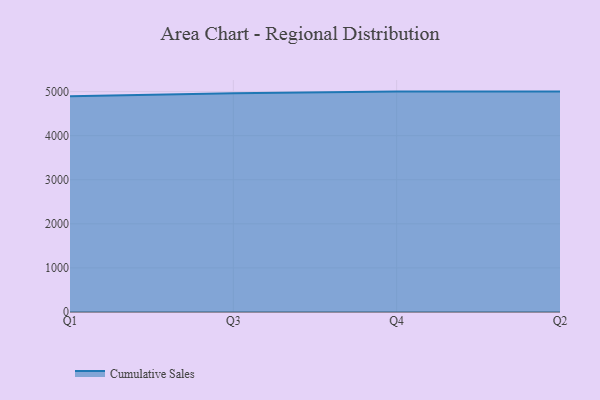
{"axis": {"x": "Quarter", "y": "Churn Rate (%)"}, "legend": ["Cumulative Sales"], "data": [{"x": "Q1", "y": 4895.7, "type": "Cumulative Sales"}, {"x": "Q3", "y": 4960.5, "type": "Cumulative Sales"}, {"x": "Q4", "y": 5000, "type": "Cumulative Sales"}, {"x": "Q2", "y": 5000, "type": "Cumulative Sales"}]}